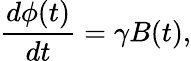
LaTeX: \frac{d\phi(t)}{dt}=\gamma B(t),